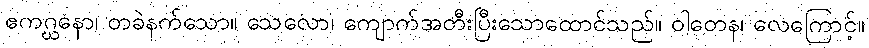
ဧကဂ္ဃနော၊ တခဲနက်သော။ သေလော၊ ကျောက်အတီးပြီးသောထောင်သည်။ ဝါတေန၊ လေကြောင့်။